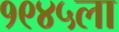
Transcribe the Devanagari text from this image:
१९४५ला